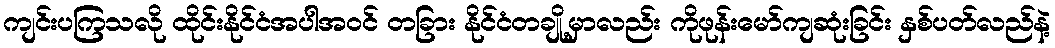
ကျင်းပကြသလို ထိုင်းနိုင်ငံအပါအဝင် တခြား နိုင်ငံတချို့မှာလည်း ကိုဖုန်းမော်ကျဆုံးခြင်း နှစ်ပတ်လည်နဲ့